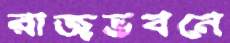
রাজভবনে